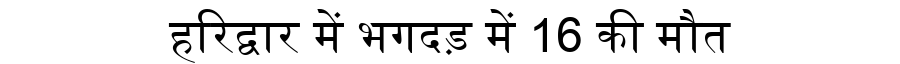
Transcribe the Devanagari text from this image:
हरिद्वार में भगदड़ में 16 की मौत